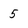
Character: 5